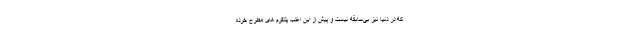
که در دنیا نیز بی‌سابقه نیست و پیش از این اغلب پلتفرم های مطرح خرده